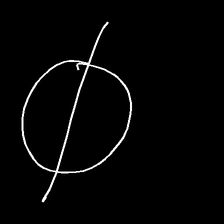
Glyph: orb